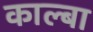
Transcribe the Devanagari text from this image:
काल्बा